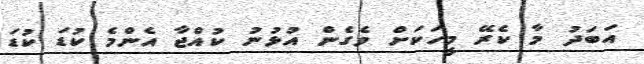
އަބަދު މާ ކެރޭ މީހަކަށް ވެގެން އުޅުނު ކުއްޖާ އެންމެ ކުޑަ ކުޑަ